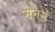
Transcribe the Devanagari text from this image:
मनने